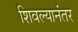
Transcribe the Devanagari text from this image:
शिवल्यानंतर